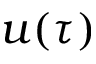
u ( \tau )